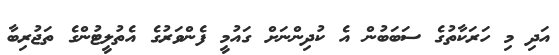
އަދި މި ހަރަކާތުގެ ސަބަބުން އެ ކުދިންނަށް ގައުމީ ފެންވަރުގެ އެތުލީޓުންގެ ތަޖުރިބާ